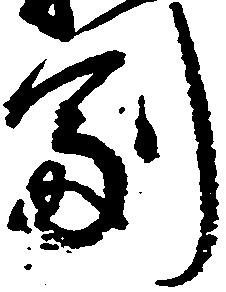
副